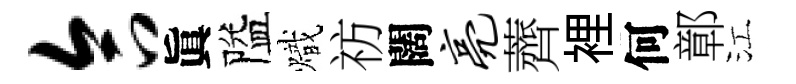
合眞隘熾祊闊亮薺裡何鄣江